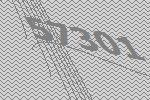
57301